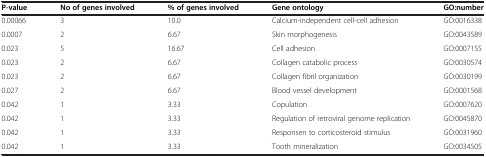
<table><thead><tr><td><b>P-value</b></td><td><b>No of genes involved</b></td><td><b>% of genes involved</b></td><td><b>Gene ontology</b></td><td><b>GO:number</b></td></tr></thead><tbody><tr><td>0.00066</td><td>3</td><td>10.0</td><td>Calcium-independent cell-cell adhesion</td><td>GO:0016338</td></tr><tr><td>0.0007</td><td>2</td><td>6.67</td><td>Skin morphogenesis</td><td>GO:0043589</td></tr><tr><td>0.023</td><td>5</td><td>16.67</td><td>Cell adhesion</td><td>GO:0007155</td></tr><tr><td>0.023</td><td>2</td><td>6.67</td><td>Collagen catabolic process</td><td>GO:0030574</td></tr><tr><td>0.023</td><td>2</td><td>6.67</td><td>Collagen fibril organization</td><td>GO:0030199</td></tr><tr><td>0.027</td><td>2</td><td>6.67</td><td>Blood vessel development</td><td>GO:0001568</td></tr><tr><td>0.042</td><td>1</td><td>3.33</td><td>Copulation</td><td>GO:0007620</td></tr><tr><td>0.042</td><td>1</td><td>3.33</td><td>Regulation of retroviral genome replication</td><td>GO:0045870</td></tr><tr><td>0.042</td><td>1</td><td>3.33</td><td>Responsen to corticosteroid stimulus</td><td>GO:0031960</td></tr><tr><td>0.042</td><td>1</td><td>3.33</td><td>Tooth mineralization</td><td>GO:0034505</td></tr></tbody></table>